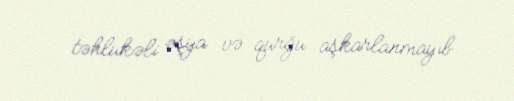
təhlükəli əşya və qurğu aşkarlanmayıb.